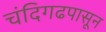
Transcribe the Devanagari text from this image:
चंदिगढपासून